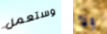
وستعمل ولا